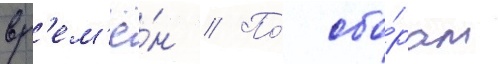
вр'ем'ё́н // По́ сбо́рам